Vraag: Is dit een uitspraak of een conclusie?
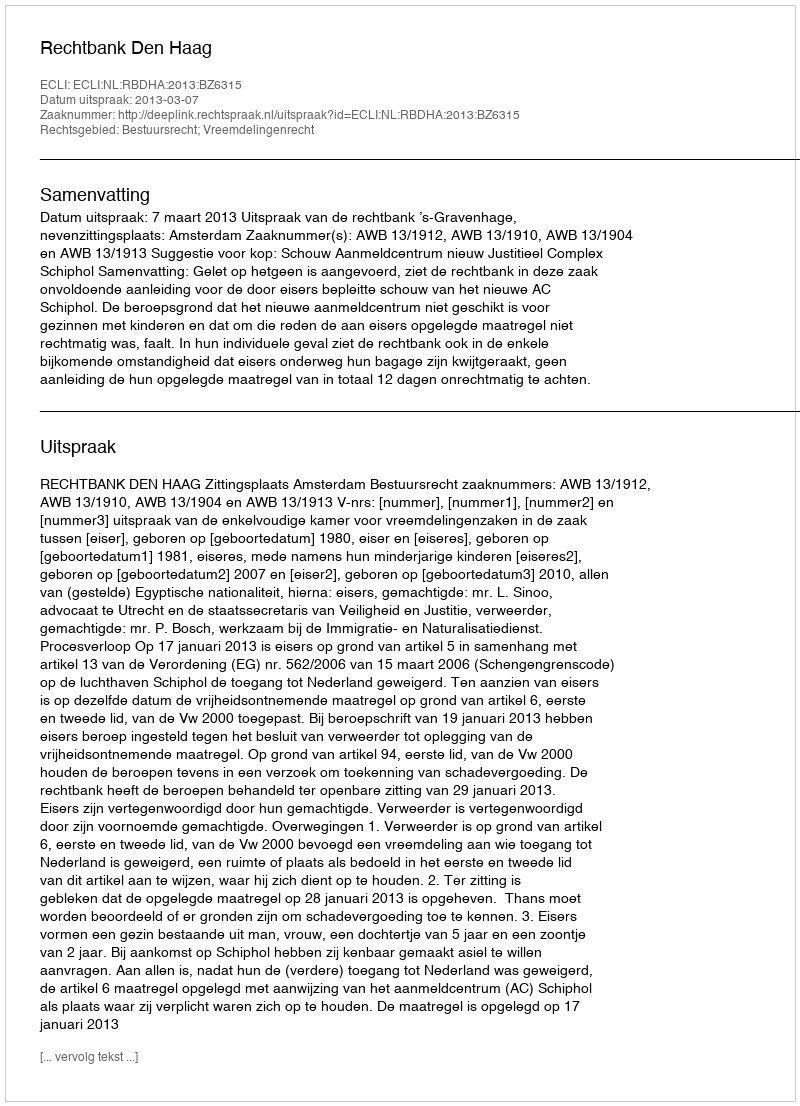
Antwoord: Uitspraak